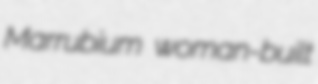
Marrubium woman-built